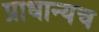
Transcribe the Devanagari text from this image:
प्राधान्यच